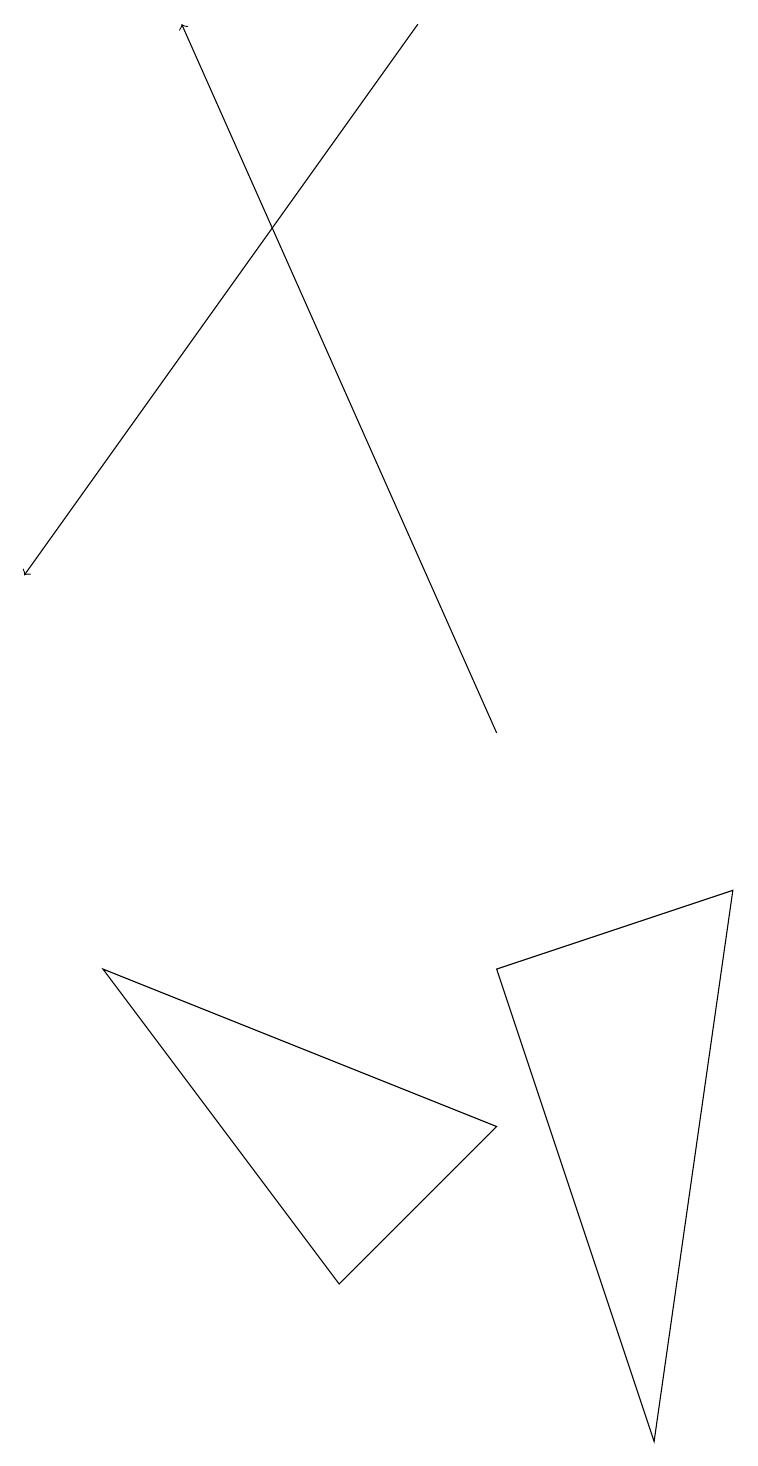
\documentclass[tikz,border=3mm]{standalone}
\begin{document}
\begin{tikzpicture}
\draw[->] (6,10) -- (2,19);
\draw[->] (5,19) -- (0,12);
\draw (6,5) -- (1,7) -- (4,3) -- cycle;
\draw (8,1) -- (6,7) -- (9,8) -- cycle;
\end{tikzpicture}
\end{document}